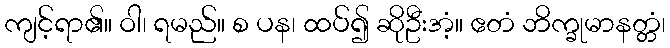
ကျင့်ရာ၏။ ဝါ၊ ရမည်။ စ ပန၊ ထပ်၍ ဆိုဦးအံ့။ ဧတံ ဘိက္ခုမာနတ္တံ၊